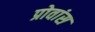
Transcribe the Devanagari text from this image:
प्रोवांस